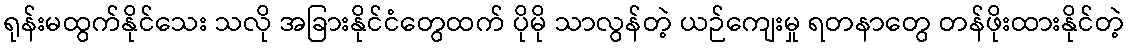
ရုန်းမထွက်နိုင်သေး သလို အခြားနိုင်ငံတွေထက် ပိုမို သာလွန်တဲ့ ယဉ်ကျေးမှု ရတနာတွေ တန်ဖိုးထားနိုင်တဲ့